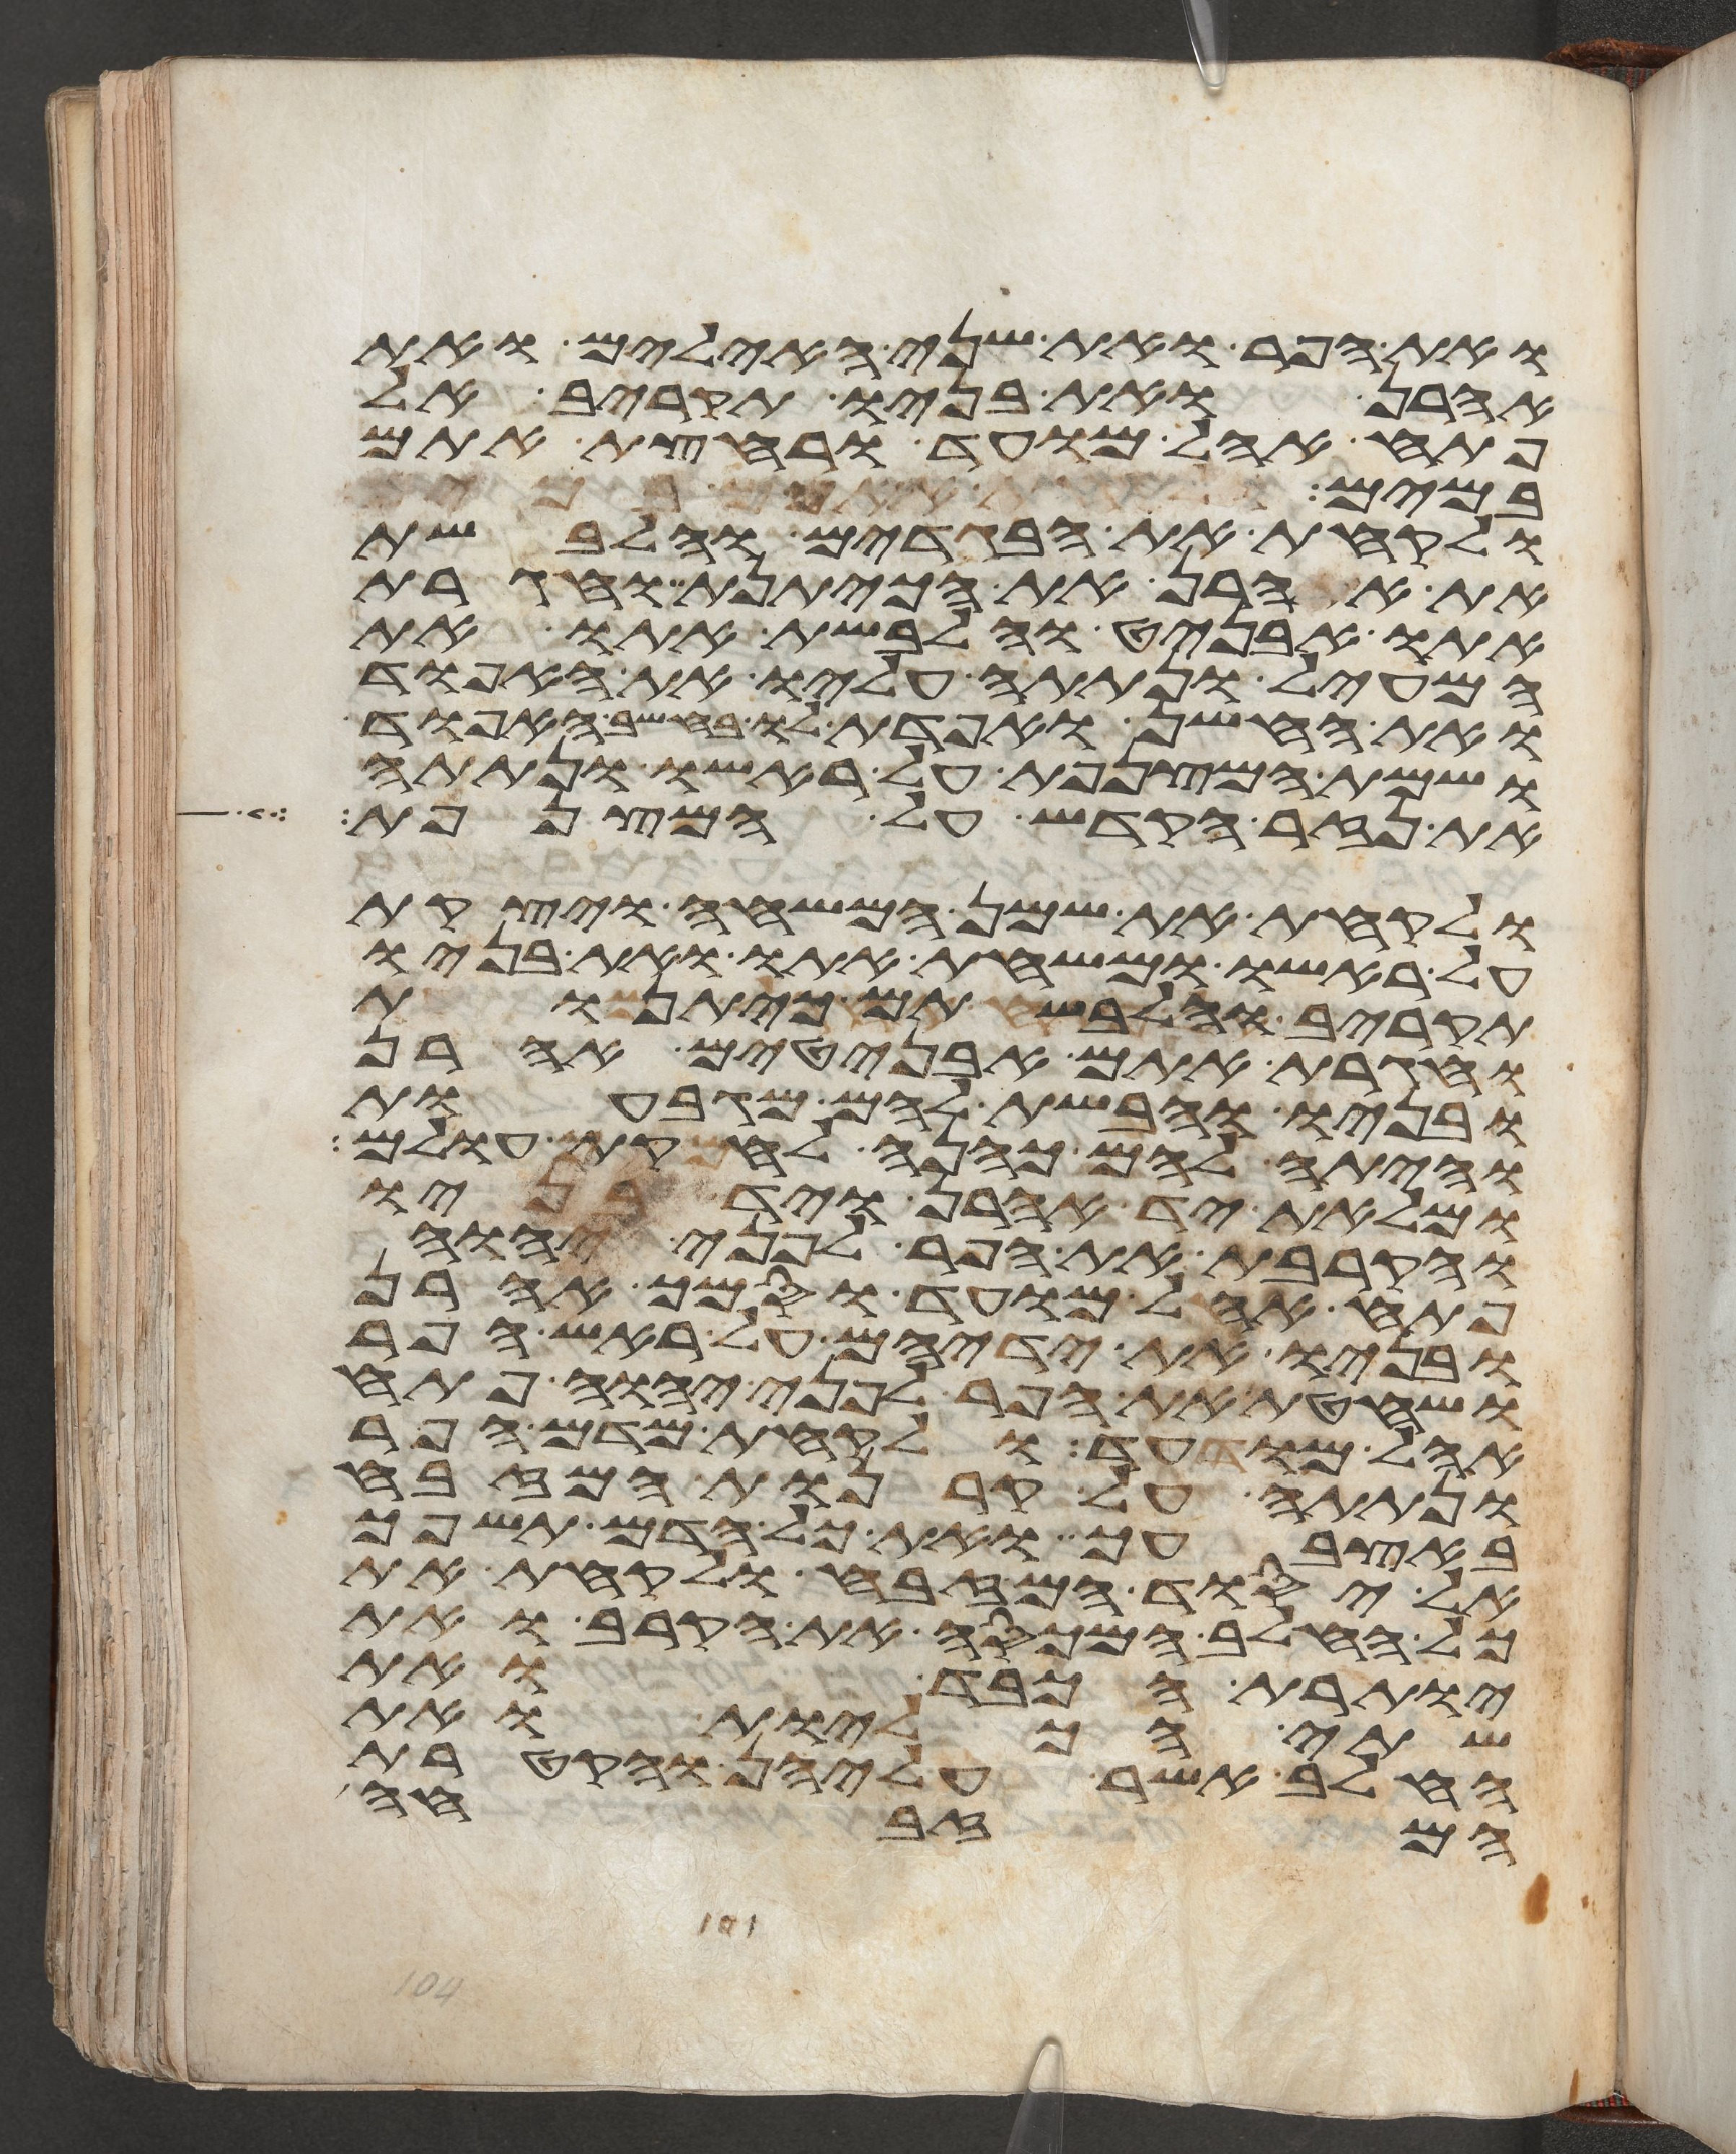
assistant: ואת הפר ואת שני האילים ואת
אהרן ואת בניו תקריב אל
פתח אהל מועד ורחצת אתם
במים
ולקחת את הבגדים והלבשת
את אהרן את הכיתנת וחגרת
אתו אבניט והלבשת אתו את
המעיל ונתתה עליו את האפוד
ואת החשן ואפדת לו בחשב האפוד
ושמת המצנפת על ראשו ונתתה
את נזר הקדש על המצנפת
ולקחת את שמן המשחה ויצקת
על ראשו ומשחת אתו ואת בניו
תקריב והלבשתם כיתנות
וחגרת אתם אבניטים אהרן
ובניו וחבשת להם מגבעות
והיתה להם כהנה לחקת עולם
ומלאת יד אהרן ויד בניו
והקרבת את הפר לפני יהוה
פתח אהל מועד וסמך אהרן
ובניו את ידיהם על ראש הפר
ושחטת את הפר לפני יהוה פתח
אהל מועד ולקחת מדם הפר
ונתתה על קרנות המזבח
באצבעך ואת כל הדם תשפך
אל יסוד המזבח ולקחת את
כל החלב המכסה את הקרב ואת
יותרת הכבד ואת
שתי הכליות ואת
החלב אשר עליהן והקטרת
המזבחה